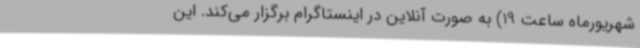
شهریورماه ساعت 19) به صورت آنلاین در اینستاگرام برگزار می‌کند. این